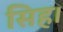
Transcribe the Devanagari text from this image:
सिह।